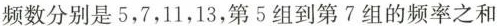
频数分别是5，7，11，13，第5组到第7组的频率之和